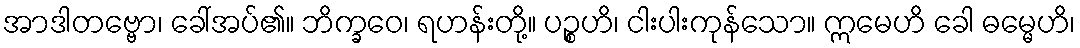
အာဒါတဗ္ဗော၊ ခေါ်အပ်၏။ ဘိက္ခဝေ၊ ရဟန်းတို့။ ပဉ္စဟိ၊ ငါးပါးကုန်သော။ ဣမေဟိ ခေါ ဓမ္မေဟိ၊